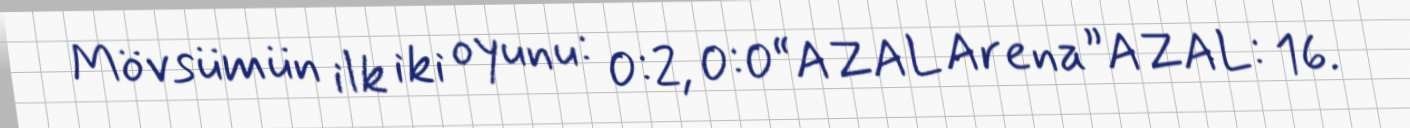
Mövsümün ilk iki oyunu: 0:2, 0:0“AZAL Arena”AZAL: 16.